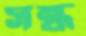
সন্ধ